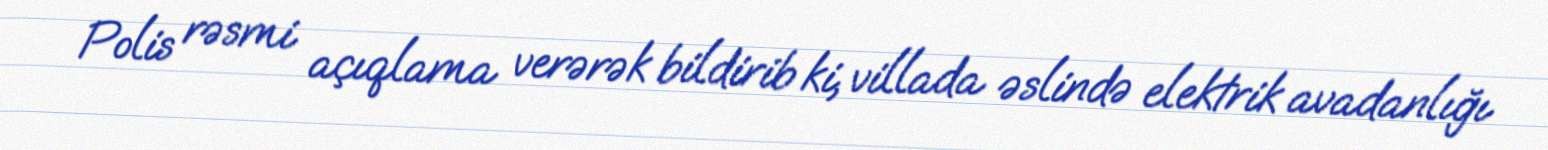
Polis rəsmi açıqlama verərək bildirib ki, villada əslində elektrik avadanlığı